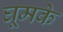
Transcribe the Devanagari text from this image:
घूमके